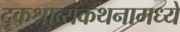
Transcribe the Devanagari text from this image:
दृकश्राव्यकथनामध्ये